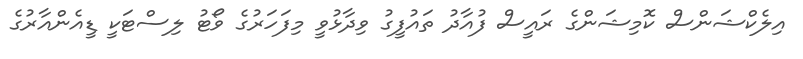
އިލެކްޝަންސް ކޮމިޝަންގެ ރައީސް ފުއާދު ތައުފީގު ވިދާޅުވީ މިފަހަރުގެ ވޯޓު ލިސްޓަކީ ޑީއެންއާރުގެ